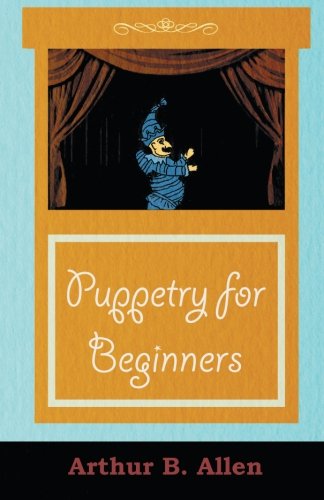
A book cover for Puppetry for Beginners (Puppets & Puppetry Series); Arthur B. Allen; Crafts, Hobbies & Home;